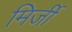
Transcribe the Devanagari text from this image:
मिर्जी